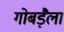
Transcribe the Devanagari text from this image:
गोबड़ैला